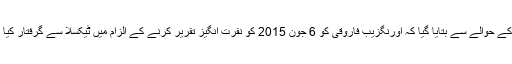
پولیس کے حوالے سے بتایا گیا کہ اورنگزیب فاروقی کو 6 جون 2015 کو نفرت انگیز تقریر کرنے کے الزام میں ٹیکسلا سے گرفتار کیا گیا تھا۔